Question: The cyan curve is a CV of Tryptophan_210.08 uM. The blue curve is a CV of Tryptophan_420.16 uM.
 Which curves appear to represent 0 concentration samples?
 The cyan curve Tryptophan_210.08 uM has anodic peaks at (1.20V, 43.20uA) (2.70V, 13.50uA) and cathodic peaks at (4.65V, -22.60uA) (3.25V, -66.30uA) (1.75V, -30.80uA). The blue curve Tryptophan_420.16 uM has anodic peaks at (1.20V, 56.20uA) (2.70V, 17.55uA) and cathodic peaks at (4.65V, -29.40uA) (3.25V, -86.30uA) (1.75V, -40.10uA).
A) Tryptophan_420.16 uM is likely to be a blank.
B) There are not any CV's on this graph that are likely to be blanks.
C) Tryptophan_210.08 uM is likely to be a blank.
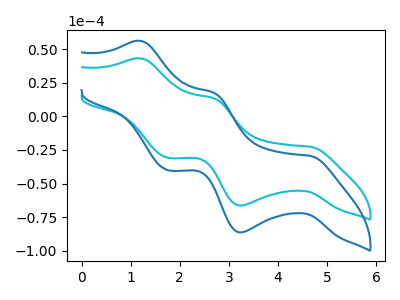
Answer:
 <answer>B) There are not any CV's on this graph that are likely to be blanks.</answer>
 <eval>B</eval>